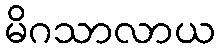
မိဂသာလာယ